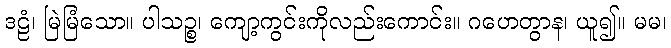
ဒဠံ၊ မြဲမြံသော။ ပါသဉ္စ၊ ကျော့ကွင်းကိုလည်းကောင်း။ ဂဟေတွာန၊ ယူ၍။ မမ၊